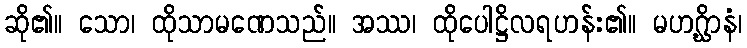
ဆို၏။ သော၊ ထိုသာမဏေသည်။ အဿ၊ ထိုပေါဋ္ဌိလရဟန်း၏။ မဟဂ္ဃိာနံ၊